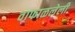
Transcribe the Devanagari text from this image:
वाफाळलेली